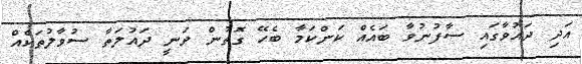
އަދި ދައުވާގައި ސާފުނުވާ ބައެއް ކަންކަމާ ބެހޭ ގޮތުން ވަނީ ދައުލަތާ ސުވާލުތަކެއް